Medical and sanitary report of the native army of Bengal for the year
Year: 1875
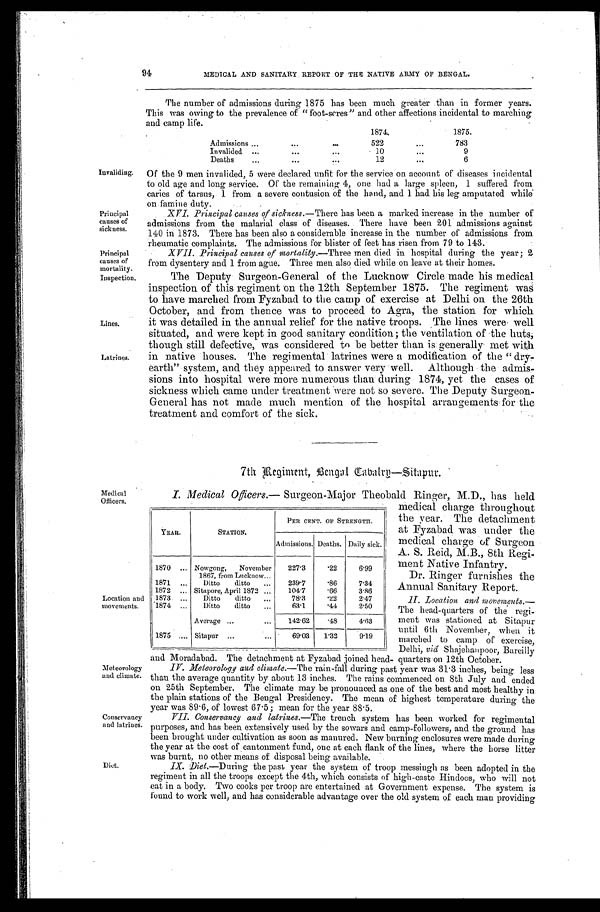
MEDICAL AND SANITARY REPORT OF THE NATIVE ARMY OF BENGAL.
Invaliding.
Principal
causes of
sickness.
Principal
causes of
mortality.
Inspection.
Lines.
Latrines.
The number of admissions during 1875 has been much greater than in former years.
This was owing to the prevalence of "foot-scres" and other affections incidental to marching
and camp life.
1874.
1875.
Admissions . . .
522 . . .
783
Invalided . . .
10 . . .
9
Deaths . . .
12 . . .
6
Of the 9 men invalided, 5 were declared unfit for the service on account of diseases incidental
to old age and long service. Of the remaining 4, one had a large spleen, 1 suffered from
caries of tarsus, 1 from a severe contusion of the hand, and I had his leg amputated while
on famine duty.
XVI. Principal causes of sickness .—There has been a marked increase in the number of
admissions from the malarial class of diseases. There have been 201 admissions against
140 in 1873. There has been also a considerable increase in the number of admissions from
rheumatic complaints. The admissions for blister of feet has risen from 79 to 143.
X VII. Principal causes of mortality .—Three men died in hospital during the year; 2
from dysentery and 1 from ague. Three men also died while on leave at their homes.
The Deputy Surgeon-General of the Lucknow Circle made his medical
inspection of this regiment on the 12th September 1875. The regiment was
to have marched from Fyzabad to the camp of exercise at Delhi on the 26th
October, and from thence was to proceed to Agra, the station for which
it was detailed in the annual relief for the native troops. The lines were well
situated, and were kept in good sanitary condition; the ventilation of the huts,
though still defective, was considered to be better than is generally met with
in native houses. The regimental latrines were a modification of the "dry
-earth" system, and they appeared to answer very well. Although the admis
-sions into hospital were more numerous than during 1874, yet the cases of
sickness which came under treatment were not so severe. The Deputy Surgeon
-General has not made much mention of the hospital arrangements for the
treatment and comfort of the sick.
Medical
Officers.
Location and
movements.
Meteorology
and climate.
Conservancy
and latrines.
Diet.
7th Regiment, Bengal Eabalrg—Sitapur.
I. Medical Officers.— Surgeon-Major Theobald Ringer, M.D., has held
medical charge throughout
the year. The detachment
at Fyzabad was under the
medical charge of Surgeon
A. S. Reid, M.B., 8th Regi
-ment Native Infantry.
Dr. Ringer furnishes the
Annual Sanitary Report.
II. Location and movements . —
The head-quarters of the regi
- m e n t w a s s t a t i o n e d a t S i t a p u r
until 6th November, when it
marched to camp of exercise,
Delhi, viâ Shajehanpoor, Bareilly
and Moradabad. The detachment at Fyzabad joined head-quarters on 12th October.
IV. Meteorology and climate .—The rain-fall during past year was 31.3 inches, being less
than the average quantity by about 13 inches. The rains commenced on 8th July and ended
on 25th September. The climate may be pronounced as one of the best and most healthy in
the plain stations of the Bengal Presidency. The mean of highest temperature during the
year was 89.6, of lowest 67.5; mean for the year 88.5.
VII. Conservancy and latrines.—The trench system has been worked for regimental
purposes, and has been extensively used by the sowars and camp-followers, and the ground has
been brought under cultivation as soon as manured. New burning enclosures were made during
the year at the cost of cantonment fund, one at each flank of the lines, where the horse litter
was burnt, no other means of disposal being available.
IX. Diet.—During the past year the system of troop messingh as been adopted in the
regiment in all the troops except the 4th, which consists of high-caste Hindoos, who will not
eat in a body. Two cooks per troop are entertained at Government expense. The system is
found to work well, and has considerable advantage over the old system of each man providing
YEAR.
STATION.
PER CENT. OF STRENGTH.
Admissions. Deaths. Daily sick.
1870 . . . Nowgong, November
1867, from Lucknow . . .
227.3
.22
6.99
1871 . . .
Ditto ditto . . .
239.7
.86
7.34
1872 . . . Sitapore, April 1872 . . .
104.7
.66
3.86
1873 . . .
Ditto ditto . . .
78.3
.22
2.47
1 8 7 4 . . .
Ditto ditto . . .
63.1
.44
2.50
Average . . .
142.62
.48
4. 63
1875 . . . Sitapur . . .
69.03
1.32
9.19